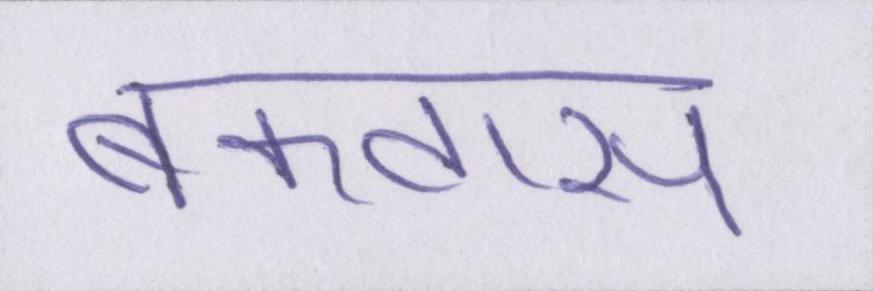
बकवास